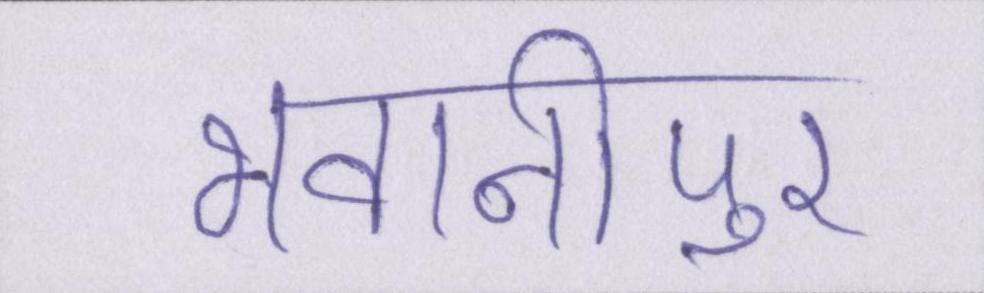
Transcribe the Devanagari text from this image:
भवानीपुर